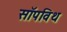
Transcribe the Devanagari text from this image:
सॉपविथ